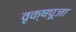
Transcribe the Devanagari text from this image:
वृक्षपूजा